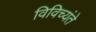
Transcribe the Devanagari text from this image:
विविच्यंते